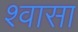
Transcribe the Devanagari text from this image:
श्वासा